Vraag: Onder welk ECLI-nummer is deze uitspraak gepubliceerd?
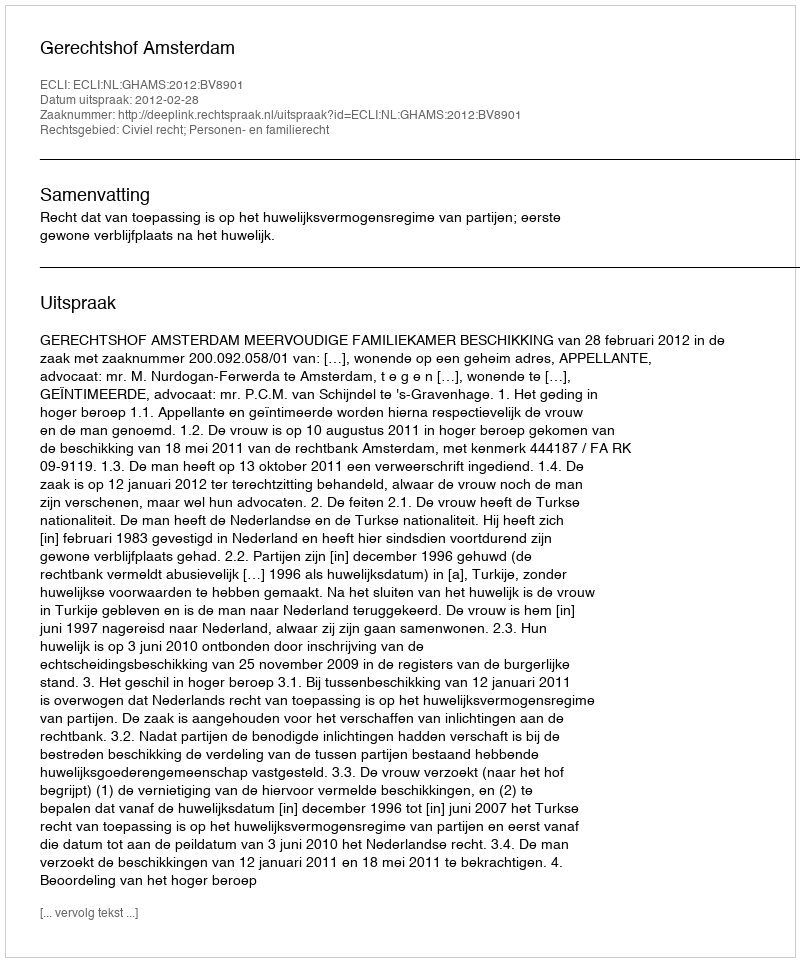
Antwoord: ECLI:NL:GHAMS:2012:BV8901